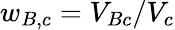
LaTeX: w_{B,c}=V_{Bc}/V_{c}